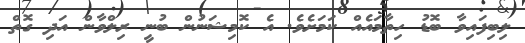
ލިބިފައިވާ ބޮޑު ހިތާމައެއް ކަމަށެވެ. އެ ކޮމިޝަނުން ބުނީ ރިލްވާން އަދި ގޮތް